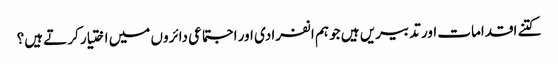
کتنے اقدامات اور تدبیریں ہیں جو ہم انفرادی اور اجتماعی دائروں میں اختیار کرتے ہیں؟